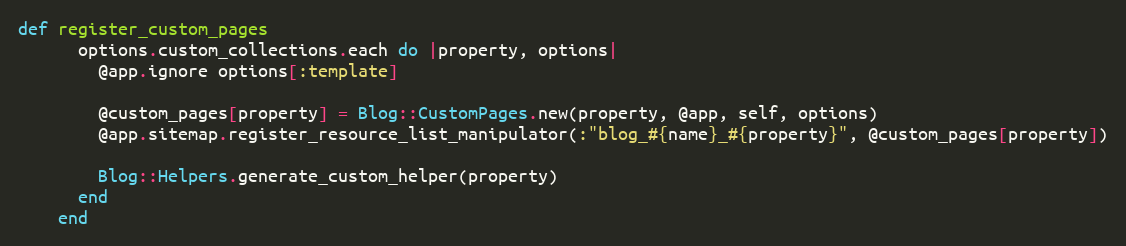
Language: Ruby
def register_custom_pages
      options.custom_collections.each do |property, options|
        @app.ignore options[:template]

        @custom_pages[property] = Blog::CustomPages.new(property, @app, self, options)
        @app.sitemap.register_resource_list_manipulator(:"blog_#{name}_#{property}", @custom_pages[property])

        Blog::Helpers.generate_custom_helper(property)
      end
    end